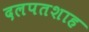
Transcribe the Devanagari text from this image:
दलपतशाह